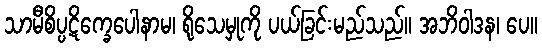
သာမီစိပ္ပဋိက္ခေပေါနာမ၊ ရိုသေမှုကို ပယ်ခြင်းမည်သည်။ အဘိဝါဒန၊ ပေ။